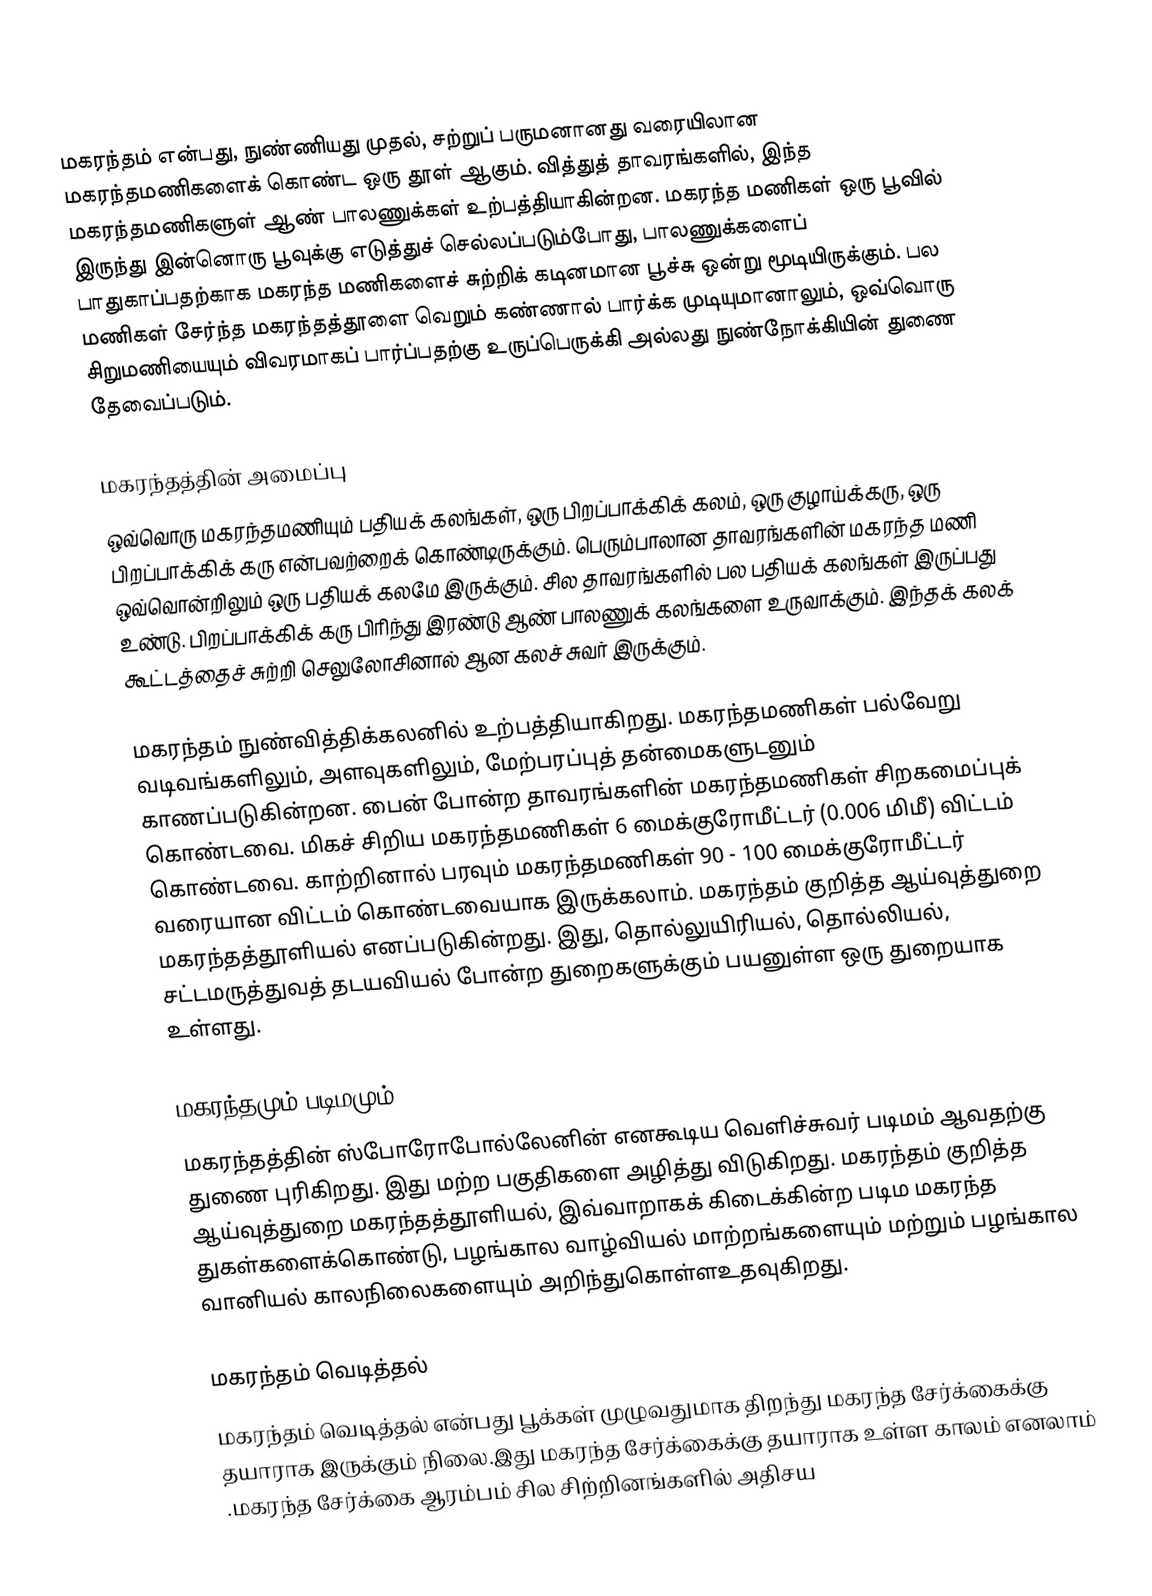
மகரந்தம் என்பது, நுண்ணியது முதல், சற்றுப் பருமனானது வரையிலான மகரந்தமணிகளைக் கொண்ட ஒரு தூள் ஆகும். வித்துத் தாவரங்களில், இந்த மகரந்தமணிகளுள் ஆண் பாலணுக்கள் உற்பத்தியாகின்றன. மகரந்த மணிகள் ஒரு பூவில் இருந்து இன்னொரு பூவுக்கு எடுத்துச் செல்லப்படும்போது, பாலணுக்களைப் பாதுகாப்பதற்காக மகரந்த மணிகளைச் சுற்றிக் கடினமான பூச்சு ஒன்று மூடியிருக்கும். பல மணிகள் சேர்ந்த மகரந்தத்தூளை வெறும் கண்ணால் பார்க்க முடியுமானாலும், ஒவ்வொரு சிறுமணியையும் விவரமாகப் பார்ப்பதற்கு உருப்பெருக்கி அல்லது நுண்நோக்கியின் துணை தேவைப்படும்.

மகரந்தத்தின் அமைப்பு
ஒவ்வொரு மகரந்தமணியும் பதியக் கலங்கள், ஒரு பிறப்பாக்கிக் கலம், ஒரு குழாய்க்கரு, ஒரு பிறப்பாக்கிக் கரு என்பவற்றைக் கொண்டிருக்கும். பெரும்பாலான தாவரங்களின் மகரந்த மணி ஒவ்வொன்றிலும் ஒரு பதியக் கலமே இருக்கும். சில தாவரங்களில் பல பதியக் கலங்கள் இருப்பது உண்டு. பிறப்பாக்கிக் கரு பிரிந்து இரண்டு ஆண் பாலணுக் கலங்களை உருவாக்கும். இந்தக் கலக் கூட்டத்தைச் சுற்றி செலுலோசினால் ஆன கலச் சுவர் இருக்கும்.

மகரந்தம் நுண்வித்திக்கலனில் உற்பத்தியாகிறது. மகரந்தமணிகள் பல்வேறு வடிவங்களிலும், அளவுகளிலும், மேற்பரப்புத் தன்மைகளுடனும் காணப்படுகின்றன. பைன் போன்ற தாவரங்களின் மகரந்தமணிகள் சிறகமைப்புக் கொண்டவை. மிகச் சிறிய மகரந்தமணிகள் 6 மைக்குரோமீட்டர் (0.006 மிமீ) விட்டம் கொண்டவை. காற்றினால் பரவும் மகரந்தமணிகள் 90 - 100 மைக்குரோமீட்டர் வரையான விட்டம் கொண்டவையாக இருக்கலாம். மகரந்தம் குறித்த ஆய்வுத்துறை மகரந்தத்தூளியல் எனப்படுகின்றது. இது, தொல்லுயிரியல், தொல்லியல், சட்டமருத்துவத் தடயவியல் போன்ற துறைகளுக்கும் பயனுள்ள ஒரு துறையாக உள்ளது.

மகரந்தமும் படிமமும்
மகரந்தத்தின் ஸ்போரோபோல்லேனின் எனகூடிய வெளிச்சுவர் படிமம் ஆவதற்கு துணை புரிகிறது. இது மற்ற பகுதிகளை அழித்து விடுகிறது. மகரந்தம் குறித்த ஆய்வுத்துறை மகரந்தத்தூளியல், இவ்வாறாகக் கிடைக்கின்ற படிம மகரந்த துகள்களைக்கொண்டு, பழங்கால வாழ்வியல் மாற்றங்களையும் மற்றும் பழங்கால வானியல் காலநிலைகளையும் அறிந்துகொள்ளஉதவுகிறது.

மகரந்தம் வெடித்தல்
மகரந்தம் வெடித்தல் என்பது பூக்கள் முழுவதுமாக திறந்து மகரந்த சேர்க்கைக்கு தயாராக இருக்கும் நிலை.இது மகரந்த சேர்க்கைக்கு தயாராக உள்ள காலம் எனலாம் .மகரந்த சேர்க்கை ஆரம்பம் சில சிற்றினங்களில் அதிசய